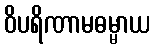
ဝိပရိဏာမဓမ္မာယ